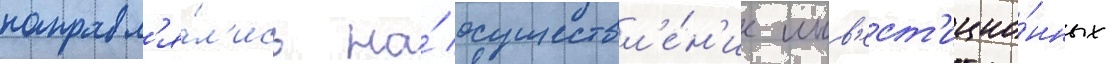
направл'я́л'ись на́ осуществл'е́н'ие инв'ест'ицио́нных